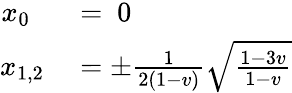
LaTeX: \begin{array}{rl}{x_{0}~~}&{{}=~0}\\ {x_{1,2}}&{{}=\pm\frac{1}{2(1-v)}\sqrt{\frac{1-3v}{1-v}}}\end{array}